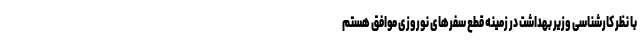
با نظر کارشناسی وزیر بهداشت در زمینه قطع سفرهای نوروزی موافق هستم